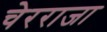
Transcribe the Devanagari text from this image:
चेरराजा